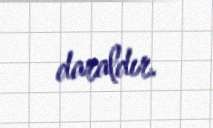
daraldır.